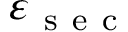
\varepsilon _ { \mathrm { ~ s ~ e ~ c ~ } }